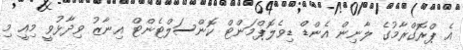
އެ ޕްރޮގްރާމުގެ ލާނިން އެންޑް ޑިވެލޮޕްމަންޓް ކޮންސަލްޓެންޓް އިނާޒު ވިދާޅުވީ މިއީ މި